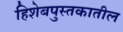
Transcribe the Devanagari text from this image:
हिशेबपुस्तकातील